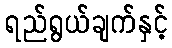
ရည်ရွယ်ချက်နှင့်